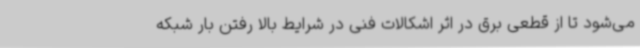
می‌شود تا از قطعی برق در اثر اشکالات فنی در شرایط بالا رفتن بار شبکه